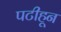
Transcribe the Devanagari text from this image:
पटीहून